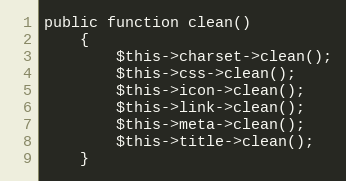
Language: PHP
public function clean()
    {
        $this->charset->clean();
        $this->css->clean();
        $this->icon->clean();
        $this->link->clean();
        $this->meta->clean();
        $this->title->clean();
    }